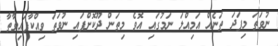
ނުވަތަ މިފަދަ ތަނެއް އަމިއްލަ ނަމުގައި އޮވެ މިތަން ދޫކޮށްފައި ނުވަތަ ވިއްކާފައިވާތާ